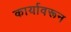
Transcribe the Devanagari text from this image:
कार्यावरून